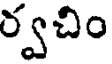
ర్వచిం